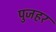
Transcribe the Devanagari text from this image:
पुजहर